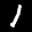
Label: 1